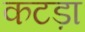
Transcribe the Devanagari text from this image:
कटड़ा